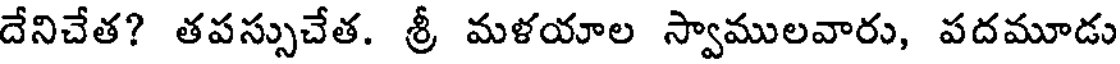
దేనిచేత? తపస్సుచేత. శ్రీ మళయాల స్వాములవారు, పదమూడు